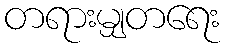
တရားမျှတရေး